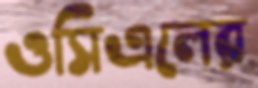
ওসিএলের